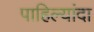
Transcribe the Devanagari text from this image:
पाहिल्यांदा